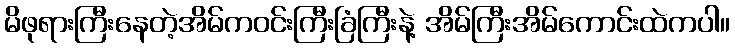
မိဖုရားကြီးနေတဲ့အိမ်ကဝင်းကြီးခြံကြီးနဲ့ အိမ်ကြီးအိမ်ကောင်းထဲကပါ။